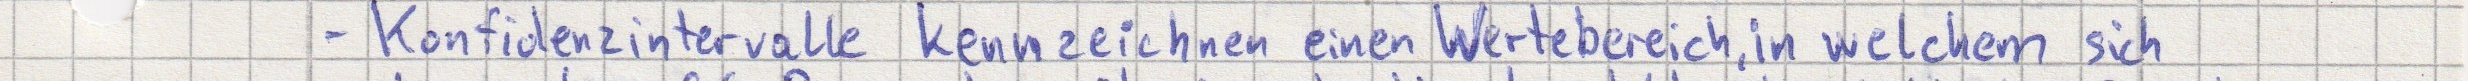
- Konfindenzintervalle kennzeichnen einen Wertebereich, in welchem sich